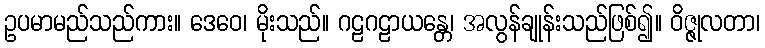
ဥပမာမည်သည်ကား။ ဒေဝေ၊ မိုးသည်။ ဂဠဂဠာယန္တေ၊ အလွန်ချုန်းသည်ဖြစ်၍။ ဝိဇ္ဇုလတာ၊